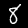
Digit: 8